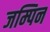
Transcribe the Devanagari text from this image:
जम्पिन